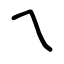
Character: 乀